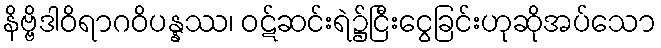
နိဗ္ဗိဒါဝိရာဂဝိပန္နဿ၊ ဝဋ်ဆင်းရဲ၌ငြီးငွေခြင်းဟုဆိုအပ်သော